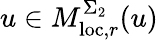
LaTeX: u\in M_{\mathrm{loc},r}^{\Sigma_{2}}(u)